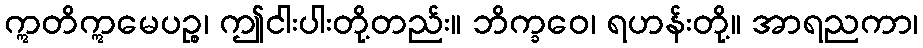
ဣတိဣမေပဉ္စ၊ ဤငါးပါးတို့တည်း။ ဘိက္ခဝေ၊ ရဟန်းတို့။ အာရညကာ၊